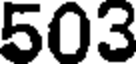
503